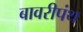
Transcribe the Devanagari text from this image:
बावरीपंथ